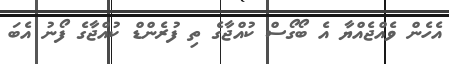
އެހެން ވެއްޖެއްޔާ އެ ބޯގޯސް ކުއްޖާގެ ތި ފުރެންޑް ކުއްޖާގެ ފޯނު އެބަ